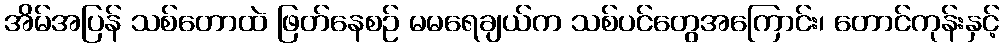
အိမ်အပြန် သစ်တောထဲ ဖြတ်နေစဉ် မမရေချယ်က သစ်ပင်တွေအကြောင်း၊ တောင်ကုန်းနှင့်